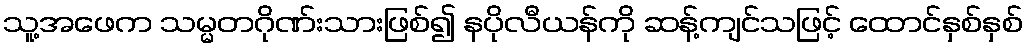
သူ့အဖေက သမ္မတဂိုဏ်းသားဖြစ်၍ နပိုလီယန်ကို ဆန့်ကျင်သဖြင့် ထောင်နှစ်နှစ်